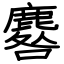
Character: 麔